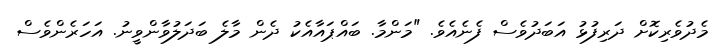
މެދުވެރިކޮށް ދަރިފުޅު އަބަދުވެސް ފެނެއެވެ. "މަންމާ. ބައްޕައާއެކު ދެން މާލެ ބަދަލުވާންވީނު. އަހަރެންވެސް